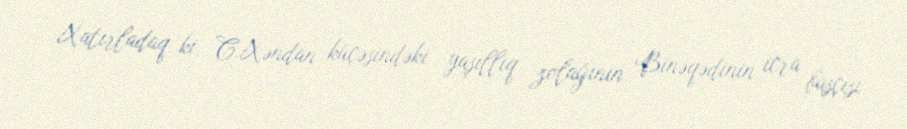
Xatırladaq ki, C.Xəndan küçəsindəki yaşıllıq zolağının Binəqədinin icra başçısı